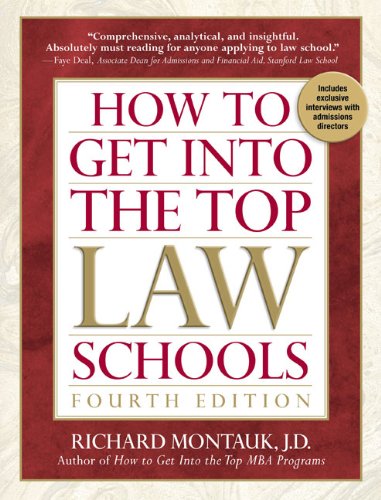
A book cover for How to Get Into the Top Law Schools, 4th edition; Richard Montauk J.D.; Education & Teaching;